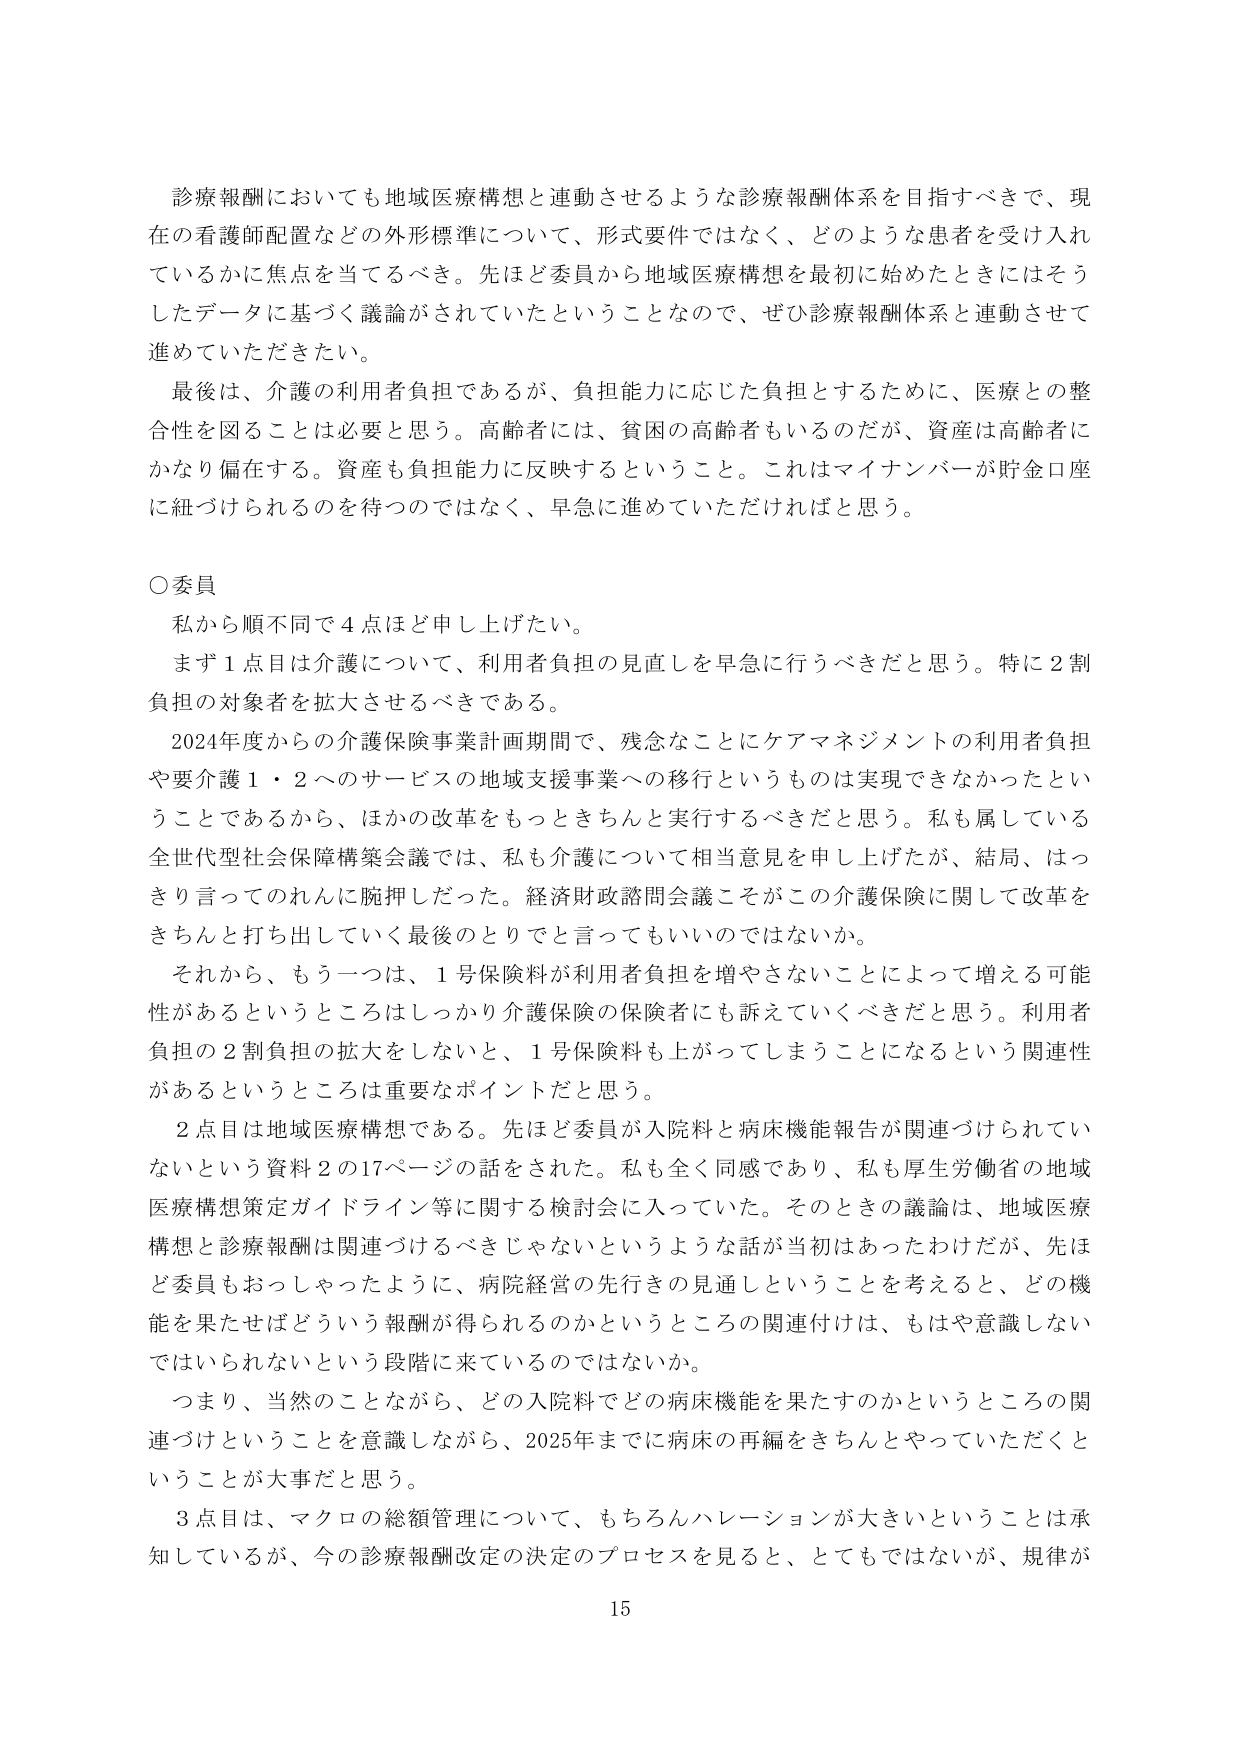
診療報酬においても地域医療構想と連動させるような診療報酬体系を目指すべきで、現在の看護師配置などの外形標準について、形式要件ではなく、どのような患者を受け入れているかに焦点を当てるべき。先ほど委員から地域医療構想を最初に始めたときにはそうしたデータに基づく議論がされていたということなので、ぜひ診療報酬体系と連動させて進めていただきたい。

最後は、介護の利用者負担であるが、負担能力に応じた負担とするために、医療との整合性を図ることは必要と思う。高齢者には、貧困の高齢者もいるのだが、資産は高齢者にかなり偏在する。資産も負担能力に反映するということ。これはマイナンバーが貯金口座に紐づけられるのを待つのではなく、早急に進めていただければと思う。

○委員
私から順不同で４点ほど申し上げたい。
まず１点目は介護について、利用者負担の見直しを早急に行うべきだと思う。特に２割負担の対象者を拡大させるべきである。
2024年度からの介護保険事業計画期間で、残念なことにケアマネジメントの利用者負担や要介護１・２へのサービスの地域支援事業への移行というものは実現できなかったということであるから、ほかの改革をもっときちんと実行するべきだと思う。私も属している全世代型社会保障構築会議では、私も介護について相当意見を申し上げたが、結局、はっきり言ってのれんに腕押しだった。経済財政諮問会議こそがこの介護保険に関して改革をきちんと打ち出していく最後のとりでと言ってもいいのではないか。
それから、もう一つは、１号保険料が利用者負担を増やさないことによって増える可能性があるというところはしっかり介護保険の保険者にも訴えていくべきだと思う。利用者負担の２割負担の拡大をしないと、１号保険料も上がってしまうことになるという関連性があるというところは重要なポイントだと思う。
２点目は地域医療構想である。先ほど委員が入院料と病床機能報告が関連づけられていないという資料２の17ページの話をされた。私も全く同感であり、私も厚生労働省の地域医療構想策定ガイドライン等に関する検討会に入っていた。そのときの議論は、地域医療構想と診療報酬は関連づけるべきじゃないというような話が当初はあったわけだが、先ほど委員もおっしゃったように、病院経営の先行きの見通しということを考えると、どの機能を果たせばどういう報酬が得られるのかというところの関連付けは、もはや意識しないではいられないという段階に来ているのではないか。
つまり、当然のことながら、どの入院料でどの病床機能を果たすのかというところの関連づけということを意識しながら、2025年までに病床の再編をきちんとやっていただくということが大事だと思う。
３点目は、マクロの総額管理について、もちろんハレーションが大きいということは承知しているが、今の診療報酬改定の決定のプロセスを見ると、とてもではないが、規律が

15